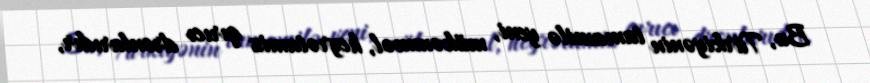
Bu, Türkiyənin tamamilə yeni, mükəmməl, heyrətamiz qırıcı dronlarıdır,